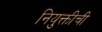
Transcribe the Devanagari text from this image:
नियुक्तीची